DOW-UAP-D48, Department of the Air Force Report, 1996
Agency: Department of War
Incident date: 9/10/96
Page 9
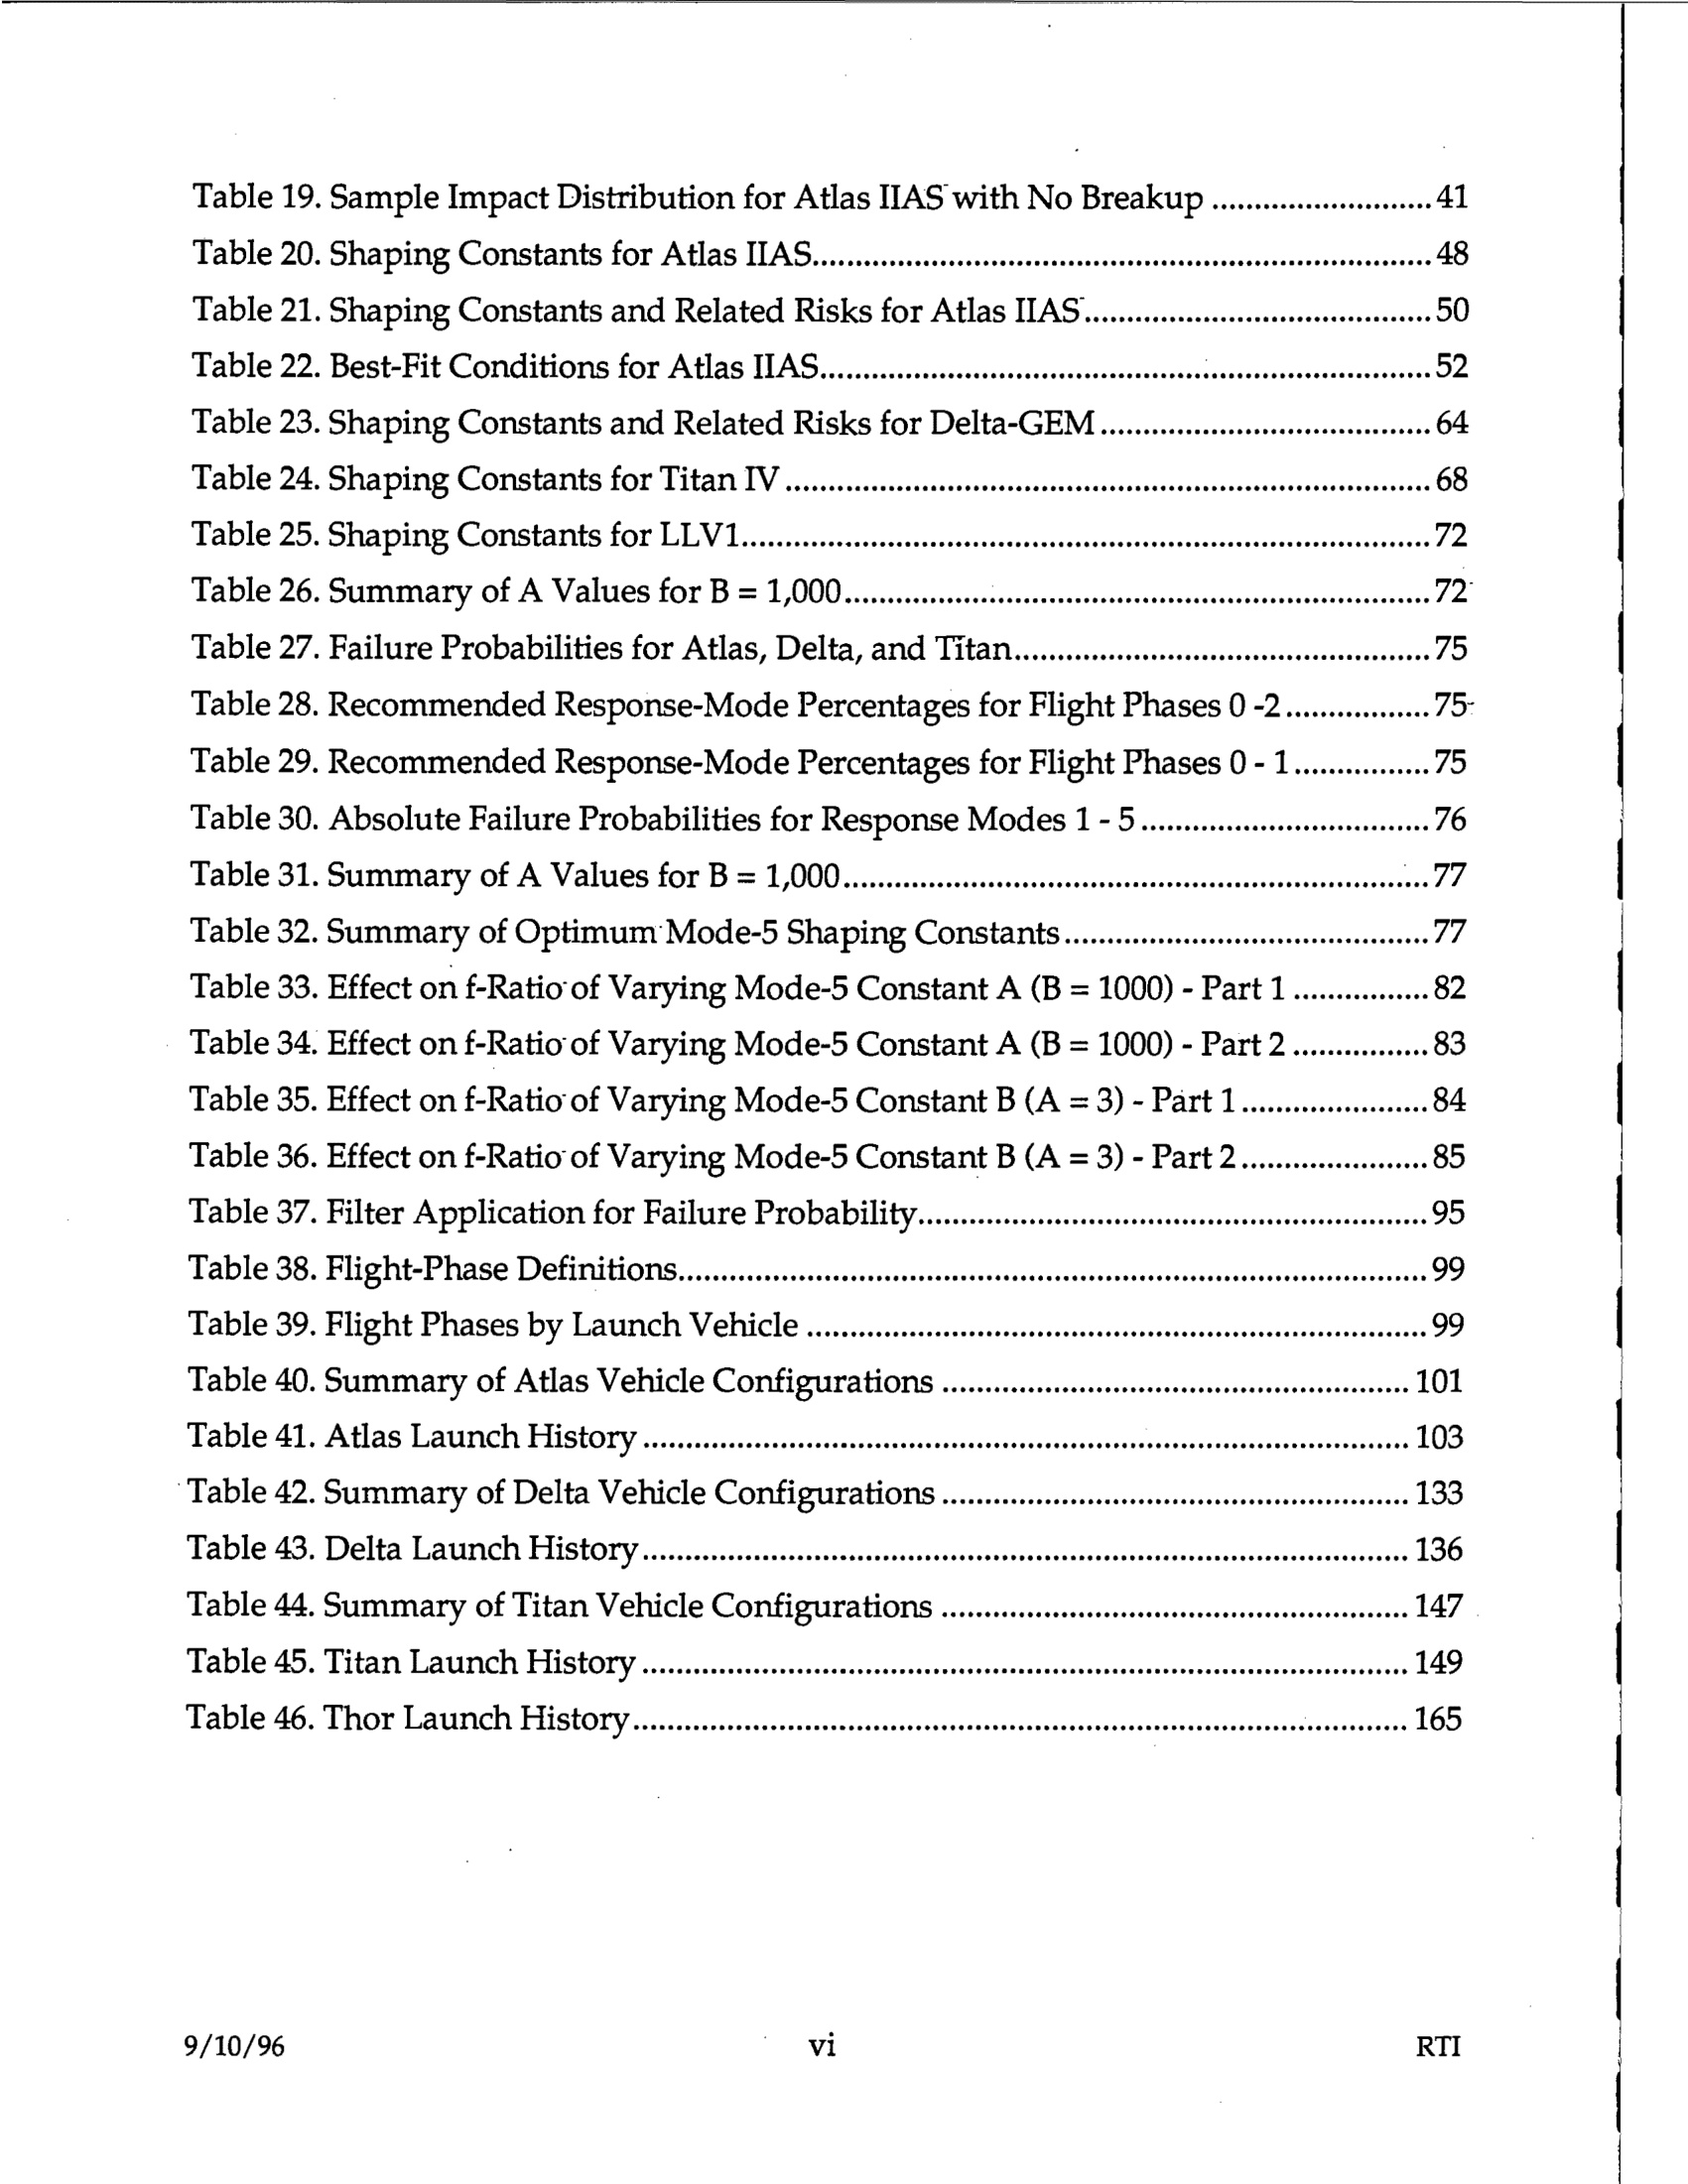